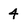
Character: 4